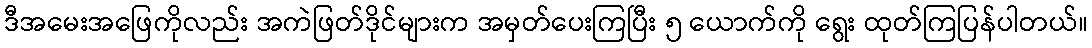
ဒီအမေးအဖြေကိုလည်း အကဲဖြတ်ဒိုင်များက အမှတ်ပေးကြပြီး ၅ ယောက်ကို ရွေး ထုတ်ကြပြန်ပါတယ်။